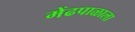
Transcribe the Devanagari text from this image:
मेंढपाळाला